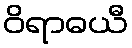
ဝိရာဓယီ